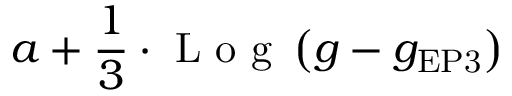
a + \frac { 1 } { 3 } \cdot \textrm { L o g } \left( g - g _ { \mathrm { { E P 3 } } } \right)